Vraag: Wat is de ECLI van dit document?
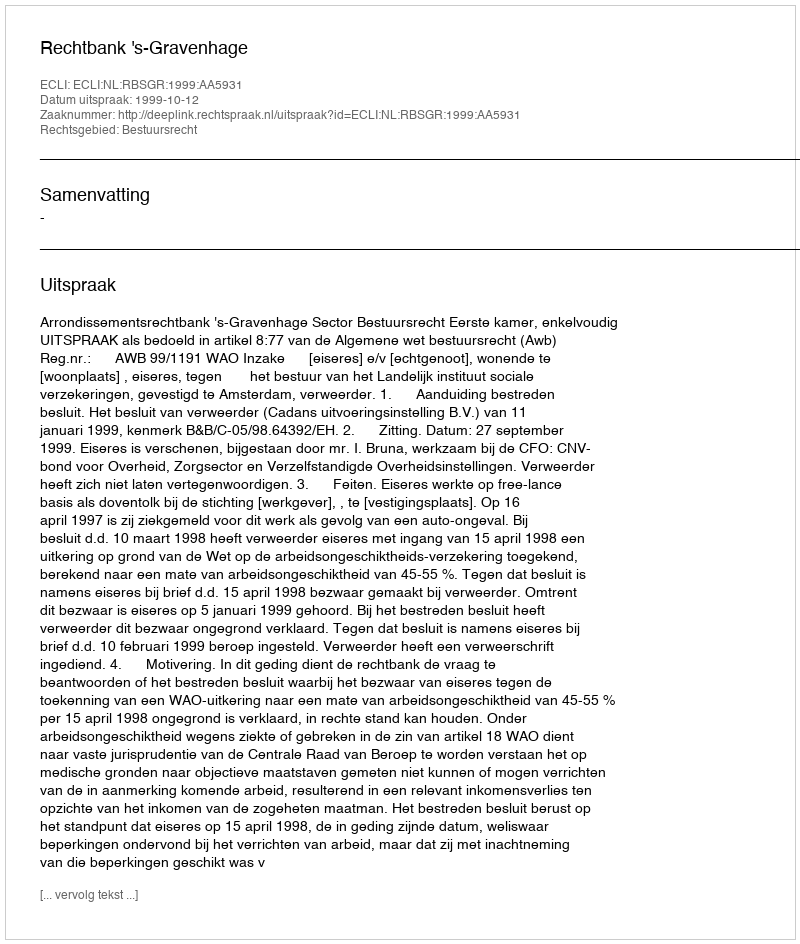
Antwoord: ECLI:NL:RBSGR:1999:AA5931